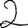
Digit: 2